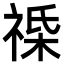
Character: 𫀔